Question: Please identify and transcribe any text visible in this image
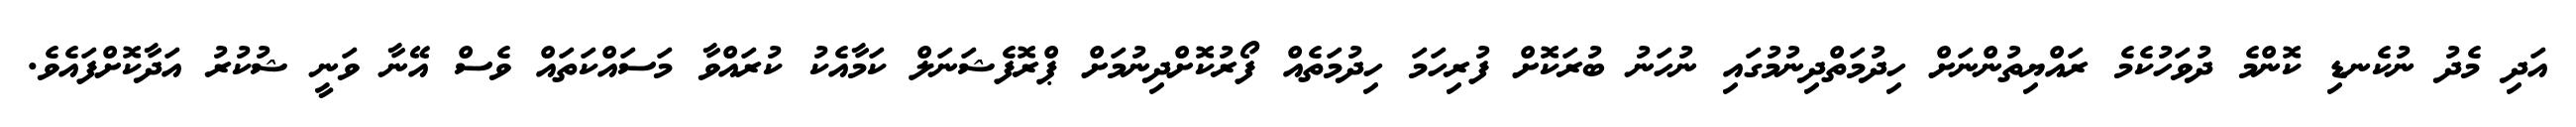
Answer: އަދި މެދު ނުކެނޑި ކޮންމެ ދުވަހުކެމެ ރައްޔިތުންނަށް ހިދުމަތްދިނުމުގައި ނުހަނު ބުރަކޮށް ފުރިހަމަ ހިދުމަތެއް ފޯރުކޮށްދިނުމަށް ޕްރޮފެޝަނަލް ކަމާއެކު ކުރައްވާ މަސައްކަތައް ވެސް އޭނާ ވަނީ ޝުކުރު އަދާކޮށްފައެވެ.